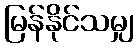
မြန်နိုင်သမျှ